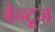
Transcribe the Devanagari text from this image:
वेन्टूज